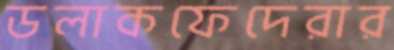
ডলাকফেদেরার